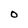
Character: O